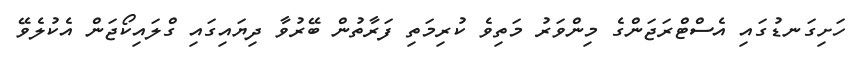
ހަށިގަނޑުގައި އެސްޓްރަޖަންގެ މިންވަރު މަތިވެ ކުރިމަތި ފަރާތުން ބޭރުވާ ދިޔައިގައި ގްލައިކޯޖަން އެކުލެވޭ